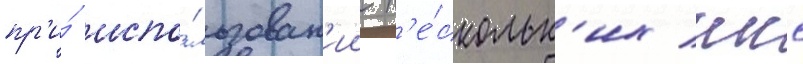
пр'и́ испо́льзован'ии н'е́скольк'их ккс